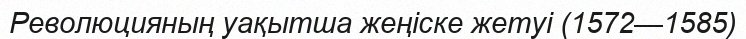
Революцияның уақытша жеңіске жетуі (1572—1585)